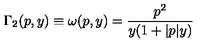
\Gamma _ { 2 } ( p , y ) \equiv \omega ( p , y ) = \frac { p ^ { 2 } } { y ( 1 + | p | y ) }